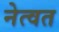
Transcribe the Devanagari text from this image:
नेत्वत